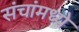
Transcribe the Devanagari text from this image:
संचांमध्ये